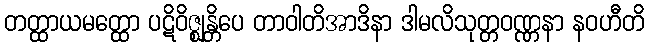
တတ္ထာယမတ္ထော ပဋိဝိဇ္ဈန္တိပေ တာဝါတိအာဒိနာ ဒါမလိသုတ္တဝဏ္ဏနာ နဝဟီတိ